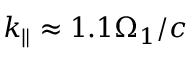
k _ { \parallel } \approx 1 . 1 \Omega _ { 1 } / c